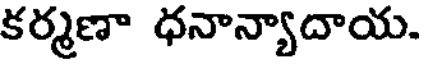
కర్మణా ధనాన్యాదాయ.